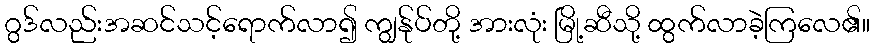
ဂွဒ်လည်းအဆင်သင့်ရောက်လာ၍ ကျွန်ုပ်တို့ အားလုံး မြို့ဆီသို့ ထွက်လာခဲ့ကြလေ၏။